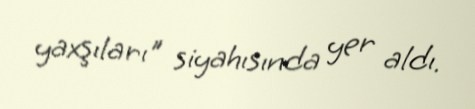
yaxşıları" siyahısında yer aldı.